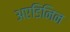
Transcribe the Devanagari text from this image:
अएडिनिन